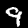
Label: 9